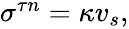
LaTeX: \begin{array}{r}{\sigma^{\tau n}=\kappa v_{s},}\end{array}